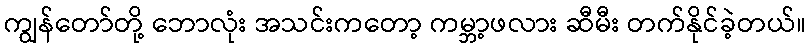
ကျွန်တော်တို့ ဘောလုံး အသင်းကတော့ ကမ္ဘာ့ဖလား ဆီမီး တက်နိုင်ခဲ့တယ်။